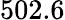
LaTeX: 502.6